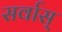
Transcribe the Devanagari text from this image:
सर्वास्‌